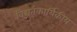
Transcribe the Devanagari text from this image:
विद्युतकार्यिकीय